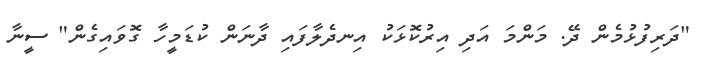
"ދަރިފުޅުމެން ދޭ. މަންމަ އަދި އިރުކޮޅަކު އިނދެލާފައި ދާނަން ކުޑަމީހާ ގޮވައިގެން" ސީނާ